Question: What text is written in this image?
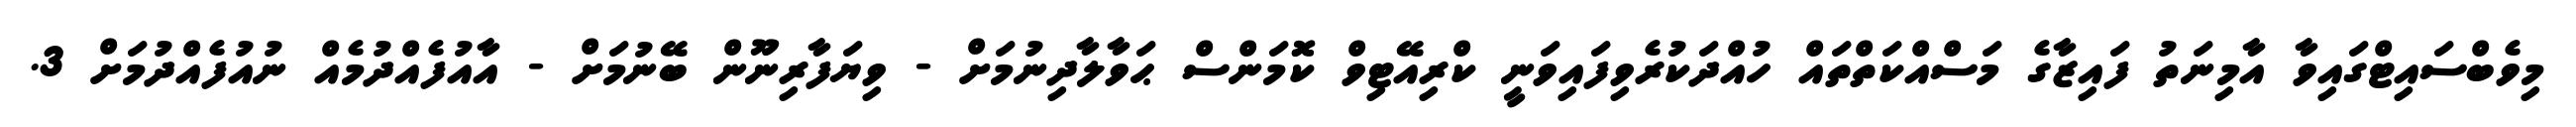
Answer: މިވެބްސައިޓްގައިވާ އާމިނަތު ފައިޒާގެ މަސްއްކަތްތައް ހުއްދަކުރެވިފައިވަނީ ކްރިއޭޓިވް ކޮމަންސް ޙަވާލާދިނުމަށް - ވިޔަފާރިނޫން ބޭނުމަށް - އާއުފެއްދުމެއް ނުއުފެއްދުމަށް 3.